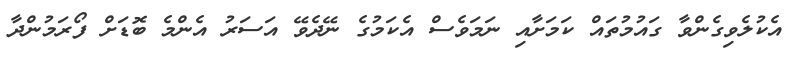
އެކުލެވިގެންވާ ގައުމުތައް ކަމަށާއި ނަމަވެސް އެކަމުގެ ނޭދެވޭ އަސަރު އެންމެ ބޮޑަށް ފޯރަމުންދާ